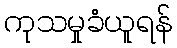
ကုသမှုခံယူရန်